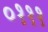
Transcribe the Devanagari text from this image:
०१११